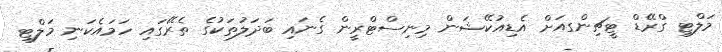
މަލްޓި ގްރޭޑް ޓީޗިންގއަށް އެޑިއުކޭޝަން މިނިސްޓްރީން ގެނައި ބަދަލުތަކުގެ ތެރޭގައި ހަމައެކަނި މަލްޓި